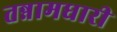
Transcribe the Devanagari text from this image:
तन्नामधारी